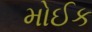
મોઈક